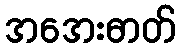
အအေးဓာတ်